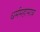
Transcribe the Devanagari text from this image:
धर्ममहामात्र